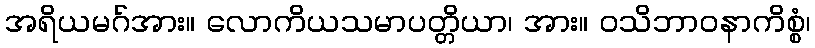
အရိယမဂ်အား။ လောကိယသမာပတ္တိယာ၊ အား။ ဝသိဘာဝနာကိစ္စံ၊